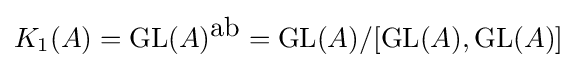
K_{1}(A)=\operatorname {GL} (A)^{\mbox{ab}}=\operatorname {GL} (A)/[\operatorname {GL} (A),\operatorname {GL} (A)]